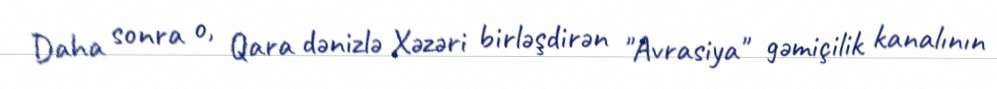
Daha sonra o, Qara dənizlə Xəzəri birləşdirən "Avrasiya" gəmiçilik kanalının